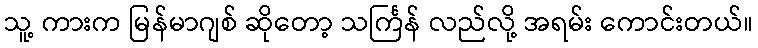
သူ့ ကားက မြန်မာဂျစ် ဆိုတော့ သင်္ကြန် လည်လို့ အရမ်း ကောင်းတယ်။